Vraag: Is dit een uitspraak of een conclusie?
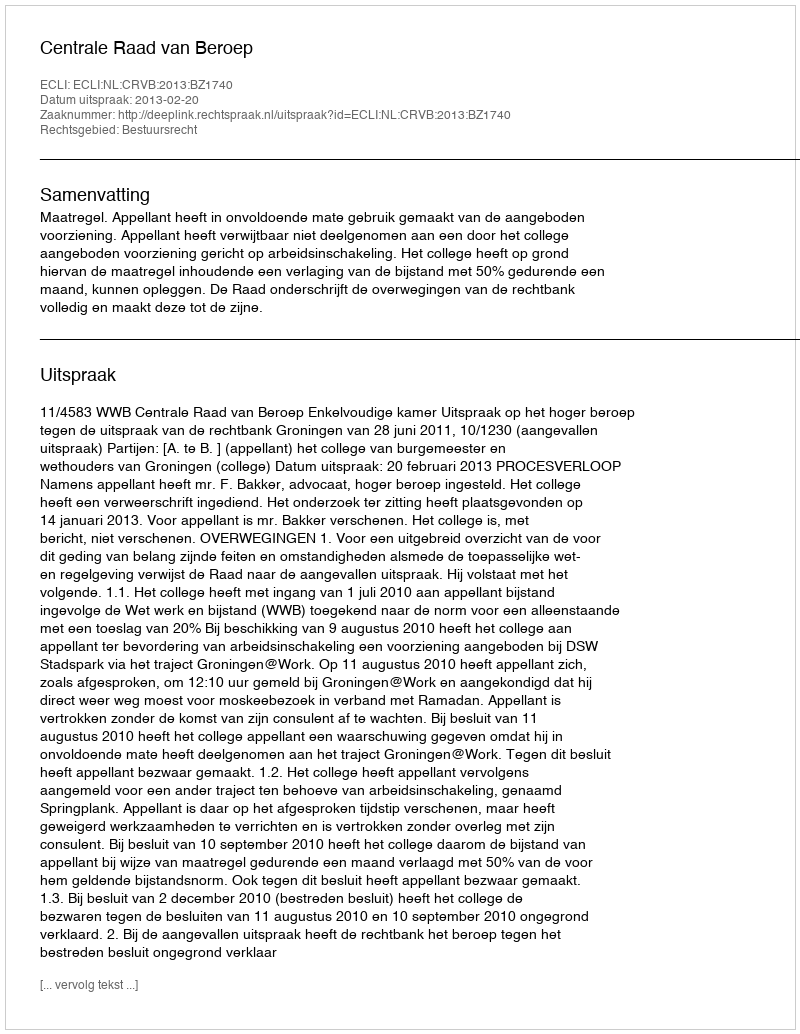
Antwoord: Uitspraak